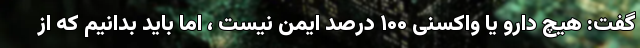
گفت: هیچ دارو یا واکسنی ۱۰۰ درصد ایمن نیست ، اما باید بدانیم که از